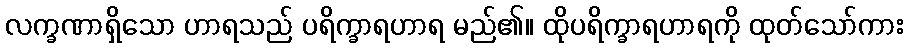
လက္ခဏာရှိသော ဟာရသည် ပရိက္ခာရဟာရ မည်၏။ ထိုပရိက္ခာရဟာရကို ထုတ်သော်ကား